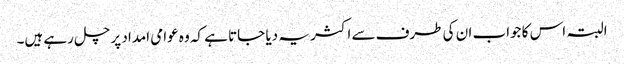
البتہ اس کا جواب ان کی طرف سے اکثر یہ دیا جاتا ہے کہ وہ عوامی امداد پر چل رہے ہیں۔